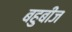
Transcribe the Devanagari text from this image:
बहुबीज